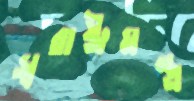
স্বরাষ্ট্রমন্ত্র